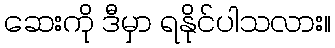
ဆေးကို ဒီမှာ ရနိုင်ပါသလား။